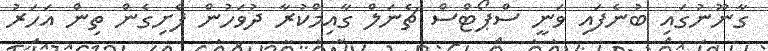
ގާނޫނުގައި ބުނެފައި ވަނީ ސްޕޯޓްސް ޗެނަލް ގާއިމްކުރާ ދުވަހުން ފެށިގެން ތިން އަހަރު